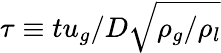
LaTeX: \tau\equiv tu_{g}/D\sqrt{\rho_{g}/\rho_{l}}